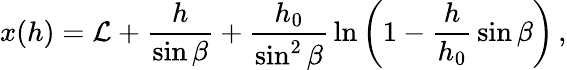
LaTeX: x(h)=\mathcal{L}+\frac{{h}}{{\sin\beta}}+\frac{{h_{0}}}{{\sin^{2}\beta}}\, \ln\left(1-\frac{{h}}{{h_{0}}}\, \sin\beta\right)\, ,